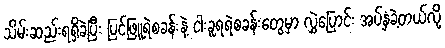
သိမ်းဆည်းရရှိခဲ့ပြီး ပြင်ဖြူရဲစခန်းနဲ့ ငါးခူရရဲစခန်းတွေမှာ လွှဲပြောင်း အပ်နှံခဲ့တယ်လို့